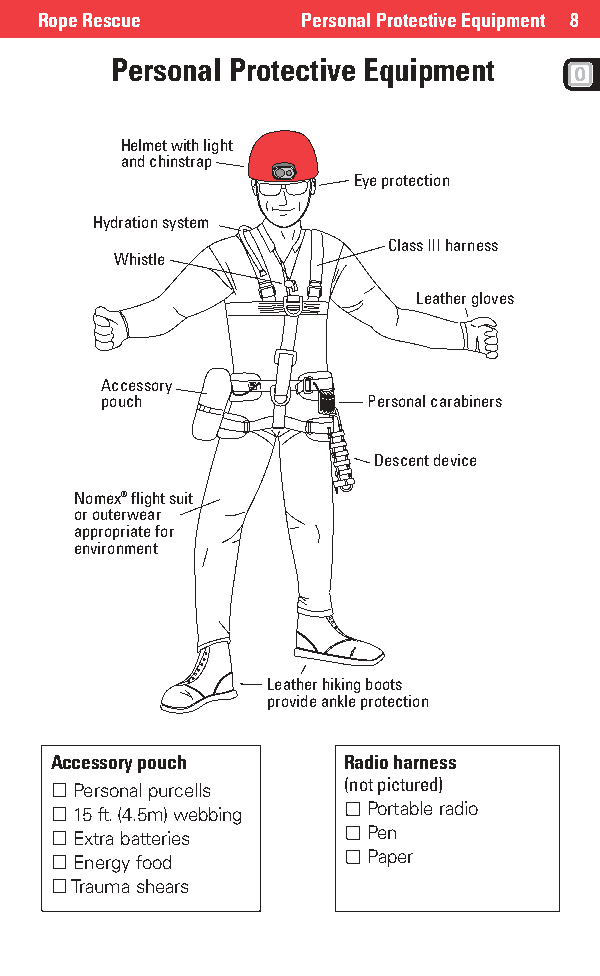
Rope Rescue      Personal Protective Equipment 8
 Personal Protective Equipment
 Helmet with light
 and chinstrap
 Eye protection
 Hydration system
 Class III harness
 Whistle
 Leather gloves
 Accessory
 pouch            Personal carabiners
 Descent device
 Nomex® flight suit
 or outerwear
 appropriate for
 environment
 Leather hiking boots
 provide ankle protection
 Accessory pouch     Radio harness
 Personal purcells (not pictured)
 15 ft.(4.5m) webbing Portable radio
 Extra batteries    Pen
 Energy food        Paper
 Trauma shears